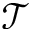
\mathcal { T }